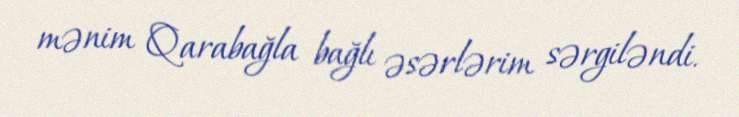
mənim Qarabağla bağlı əsərlərim sərgiləndi.